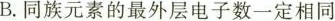
B.同族元素的最外层电子数一定相同